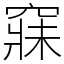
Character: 𥧌